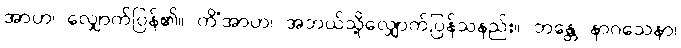
အာဟ၊ လျှောက်ပြန်၏။ ကိံအာဟ၊ အဘယ်သို့လျှောက်ပြန်သနည်း။ ဘန္တေ နာဂသေနာ၊